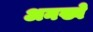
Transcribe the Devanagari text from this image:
अनख्वे